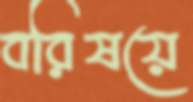
বরিষয়ে